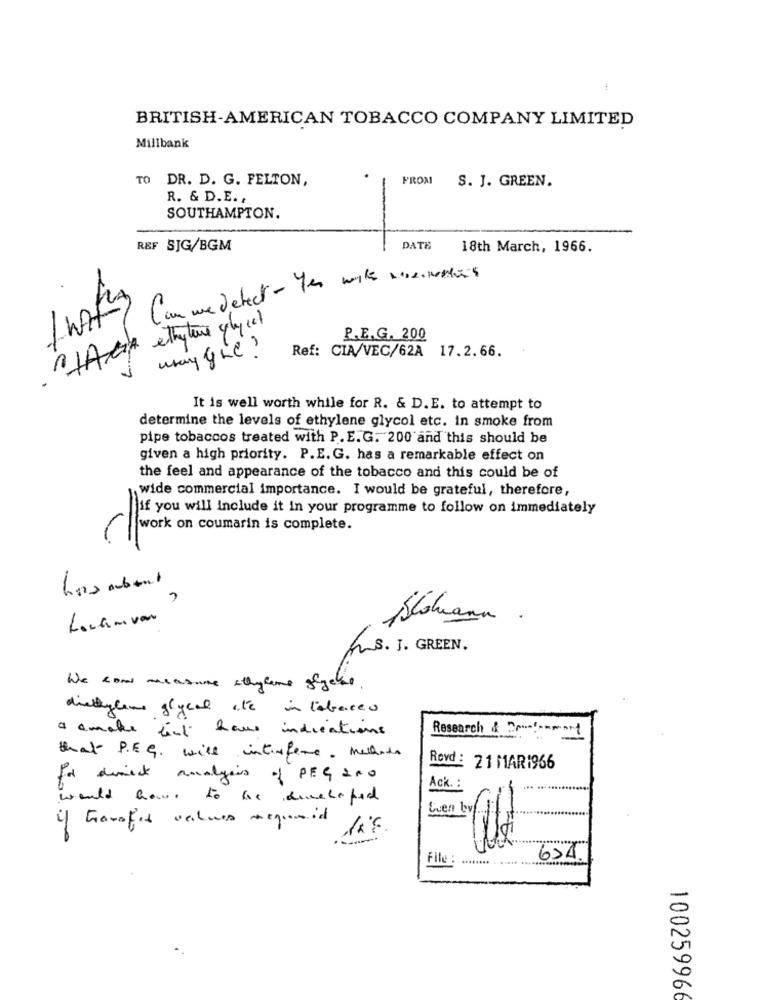
BRITISH-AMERICAN TOBACCO COMPANY LIMITED
Millbank
TO DR. D. G. FELTON,
FROM
S. J. GREEN.
R. & D.E. ,
SOUTHAMPTON.
REF SJG/BGM
DATE
18th March, 1966.
Can we detect - you with mendon't
1HACIA etheter glycol
P.E.G. 200
wray gie ?
Ref: CIA/VEC/62A 17.2.66.
It is well worth while for R. & D.E. to attempt to
determine the levels of ethylene glycol etc. in smoke from
pipe tobaccos treated with P.E.G. 200 and this should be
given a high priority. P.E. G. has a remarkable effect on
the feel and appearance of the tobacco and this could be of
wide commercial importance. I would be grateful, therefore,
if you will Include it in your programme to follow on immediately
work on coumarin is complete.
hos aubert
-
Locamvon
-
Blowana .
A.S. J. GREEN.
We can measure sthylane sigelse
diethylene glycol ste in tobacco
a a make list haus indications
Research & Droncomment
that PEG. will interfere. Mellata
Revd : 21 MAR1966
for direct analysis of PEG 200
Ack. :
would have to the developed
if transfer values megunid
---
File :
6>4.
10025996